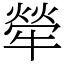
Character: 犖